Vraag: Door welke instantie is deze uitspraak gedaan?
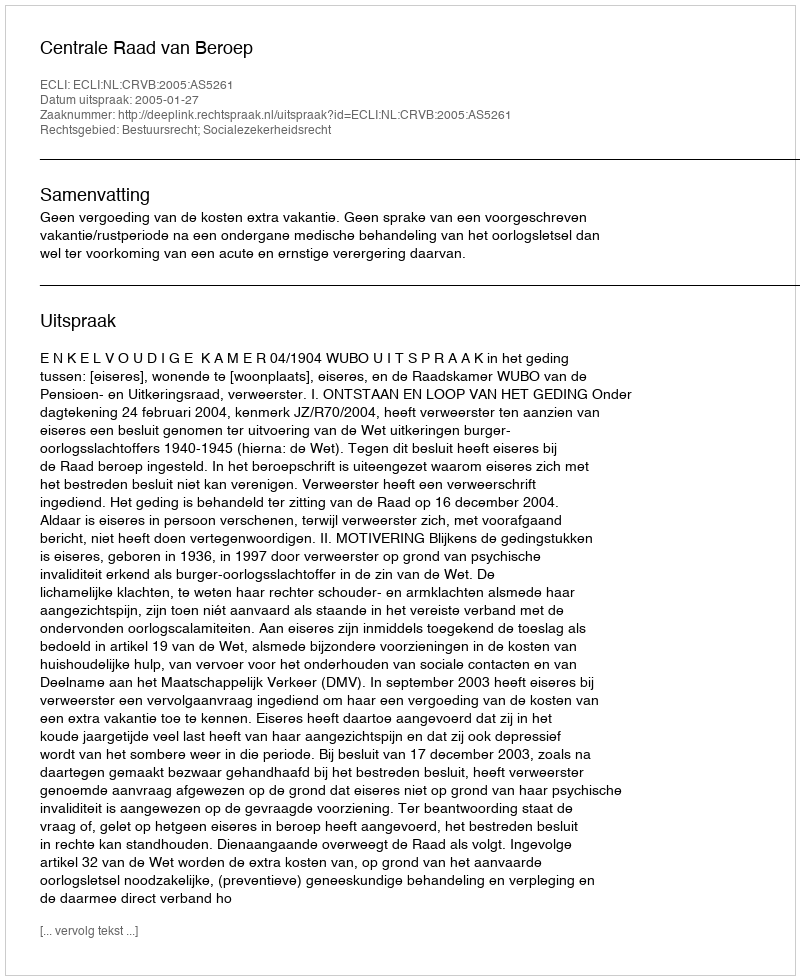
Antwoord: Centrale Raad van Beroep